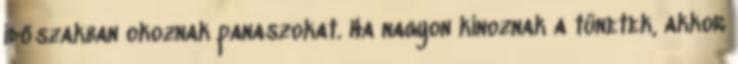
időszakban okoznak panaszokat. Ha nagyon kínoznak a tünetek, akkor